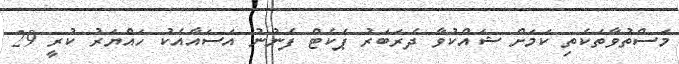
މަސްތުވާތަކެތި ކަމަށް ޝައްކުވާ ދެރަބަރު ޕެކެޓް ފެނުނު އަސައާއެކު ހައްޔަރު ކުރީ 29